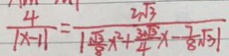
\frac { 4 } { \vert x - 1 \vert } = \frac { 2 \sqrt { 3 } } { \vert \frac { \sqrt { 3 } } { 8 } x ^ { 2 } + \frac { 3 \sqrt { 3 } } { 4 } x - \frac { 7 } { 8 } \sqrt { 3 } \vert }